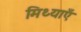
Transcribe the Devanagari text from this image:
मिथ्याएँ